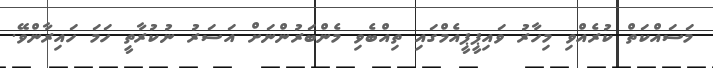
މަސައްކަތް ކުރެއްވި މިހާރު ވައިޕީޕީއެމްގައި ތިއްބެވި މެންބަރުންނަށް އަސަރު ނުކުރާތީ ހަމަ ހައިރާންވޭ.